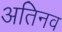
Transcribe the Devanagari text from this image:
अतिनव